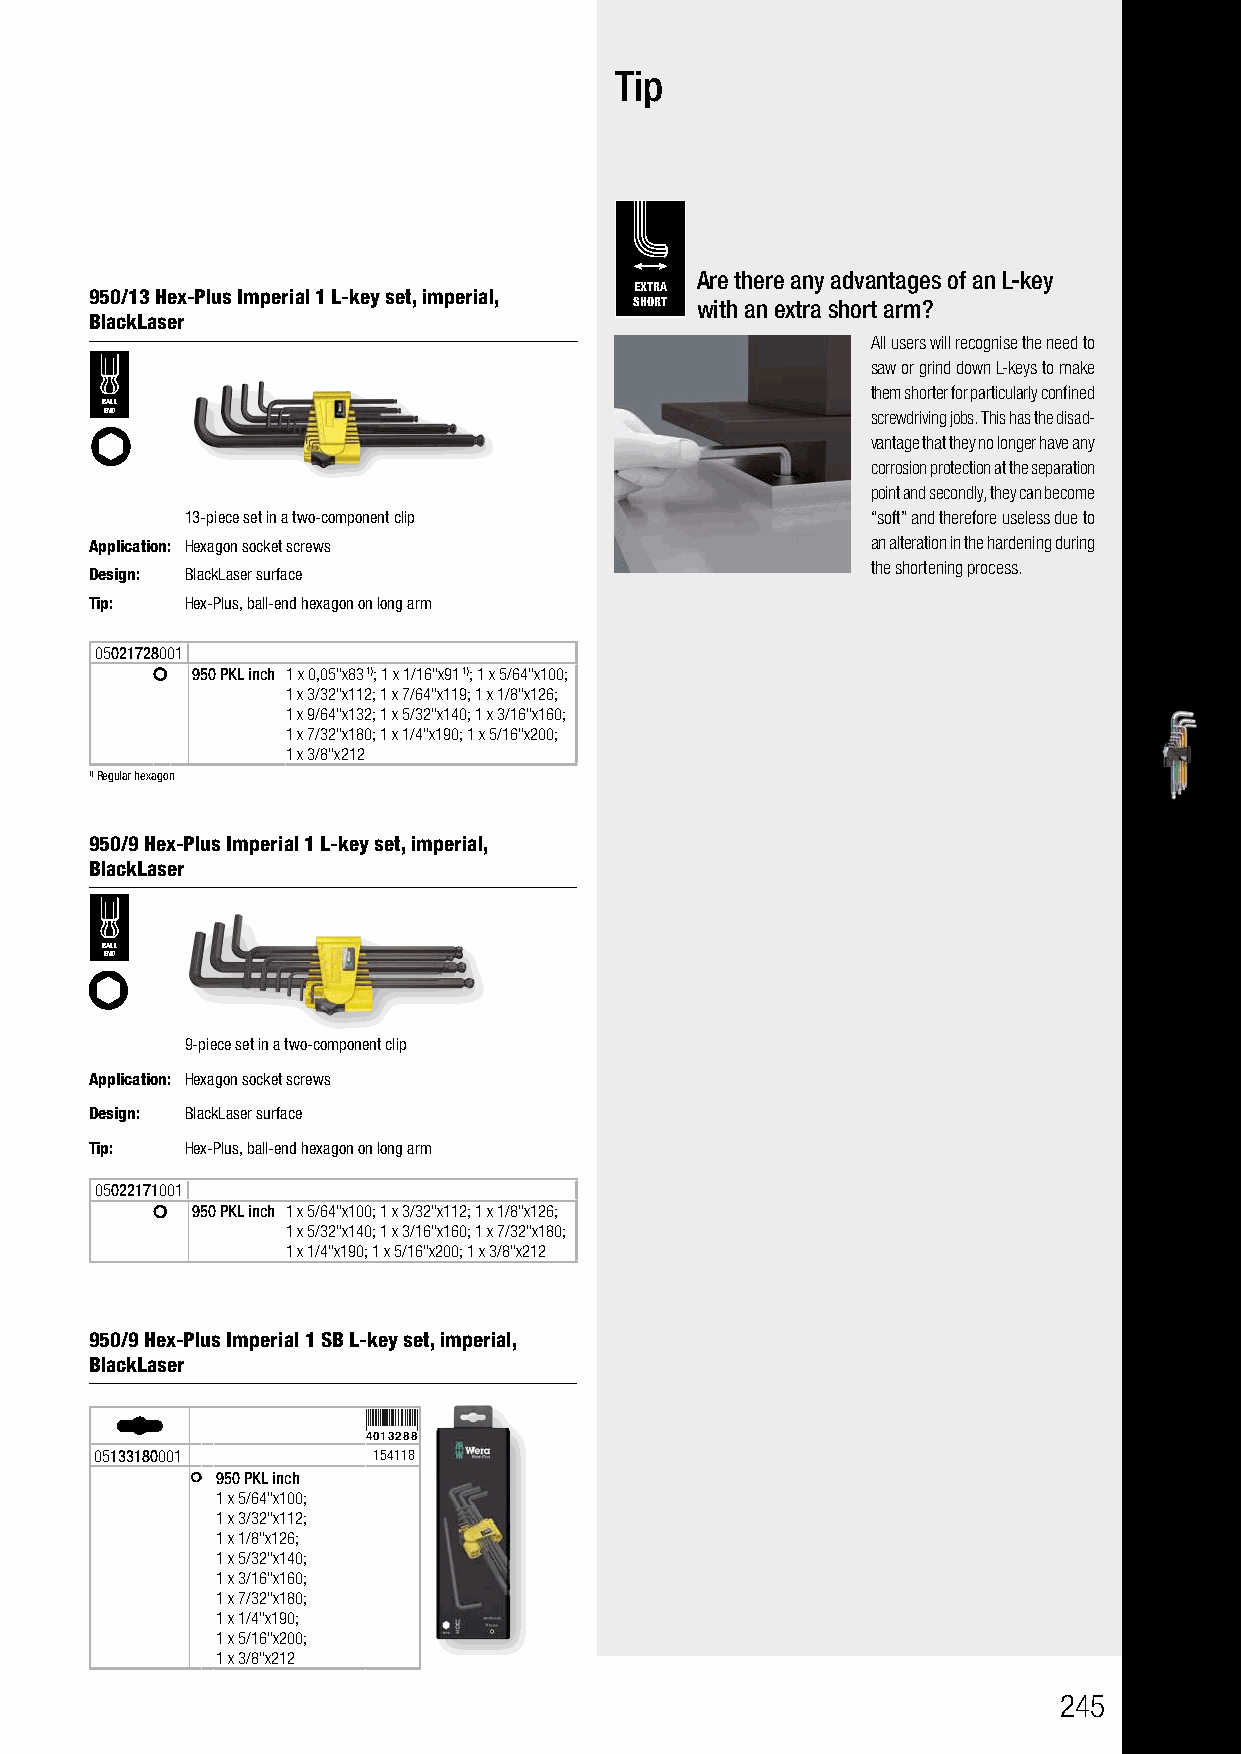
Tip
 Are there any advantages of an L-key
 EXTRA
 950/13 Hex-Plus Imperial 1 L-key set, imperial,
 SHORT with an extra short arm?
 BlackLaser
 All users will recognise the need to
 saw or grind down L-keys to make
 them shorter for particularly confined
 BALL
 END                                                screwdriving jobs. This has the disad-
 vantage that they no longer have any
 corrosion protection at the separation
 point and secondly, they can become
 13-piece set in a two-component clip          “soft” and therefore useless due to
 Application: Hexagon socket screws                  an alteration in the hardening during
 the shortening process.
 Design: BlackLaser surface
 Tip:  Hex-Plus, ball-end hexagon on long arm
 05021728001
 950 PKL inch 1 x 0,05"x83 1); 1 x 1/16"x91 1); 1 x 5/64"x100;
 1 x 3/32"x112; 1 x 7/64"x119; 1 x 1/8"x126;
 1 x 9/64"x132; 1 x 5/32"x140; 1 x 3/16"x160;
 1 x 7/32"x180; 1 x 1/4"x190; 1 x 5/16"x200;
 1 x 3/8"x212
 1)Regular hexagon
 950/9 Hex-Plus Imperial 1 L-key set, imperial,
 BlackLaser
 BALL
 END
 9-piece set in a two-component clip
 Application: Hexagon socket screws
 Design: BlackLaser surface
 Tip:  Hex-Plus, ball-end hexagon on long arm
 05022171001
 950 PKL inch 1 x 5/64"x100; 1 x 3/32"x112; 1 x 1/8"x126;
 1 x 5/32"x140; 1 x 3/16"x160; 1 x 7/32"x180;
 1 x 1/4"x190; 1 x 5/16"x200; 1 x 3/8"x212
 950/9 Hex-Plus Imperial 1 SB L-key set, imperial,
 BlackLaser
 4013288
 05133180001        154118
 950 PKL inch
 1 x 5/64"x100;
 1 x 3/32"x112;
 1 x 1/8"x126;
 1 x 5/32"x140;
 1 x 3/16"x160;
 1 x 7/32"x180;
 1 x 1/4"x190;
 1 x 5/16"x200;
 1 x 3/8"x212
 245